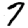
Digit: 7